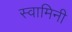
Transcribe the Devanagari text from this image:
स्‍वामिनी